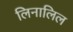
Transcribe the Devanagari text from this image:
लिनालिल